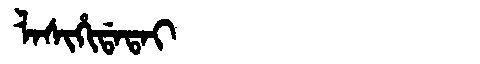
Manchu: ᠯᠠᠰᡳᡥᡳᡩᠠᡨᠠᡳ
Romanization: LASIHIDATAI